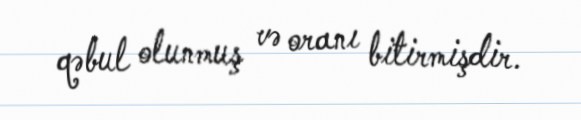
qəbul olunmuş və oranı bitirmişdir.